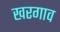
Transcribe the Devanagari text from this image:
खरगाव